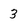
Character: 3